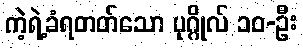
ကဲ့ရဲ့ခံရတတ်သော ပုဂ္ဂိုလ် ၁၀-ဦး